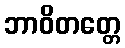
ဘာဝိတတ္တေ